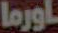
اورما